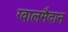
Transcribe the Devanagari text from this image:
ग्वालमैदान